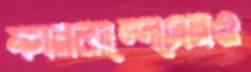
ফারনান্দেসেরও